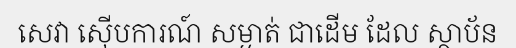
សេវា ស៊ើបការណ៍ សម្ងាត់ ជាដើម ដែល ស្ថាប័ន